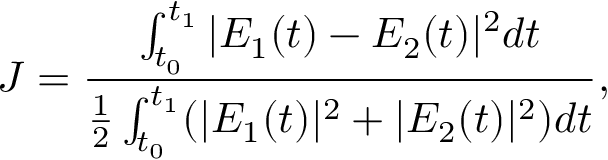
J = \frac { \int _ { t _ { 0 } } ^ { t _ { 1 } } | E _ { 1 } ( t ) - E _ { 2 } ( t ) | ^ { 2 } d t } { \frac { 1 } { 2 } \int _ { t _ { 0 } } ^ { t _ { 1 } } ( | E _ { 1 } ( t ) | ^ { 2 } + | E _ { 2 } ( t ) | ^ { 2 } ) d t } ,